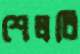
শেলবি